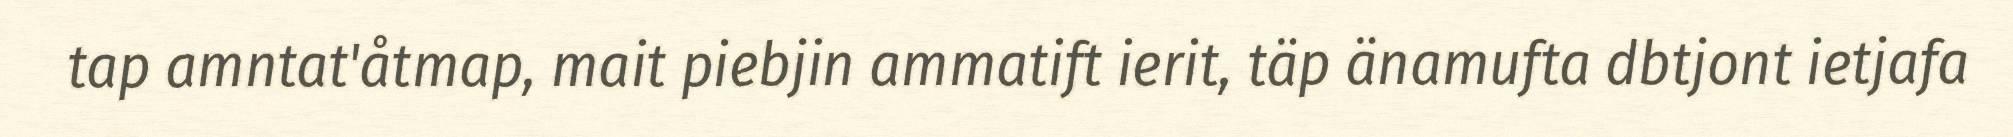
tap amntat'åtmap, mait piebjin ammatift ierit, täp änamufta dbtjont ietjafa